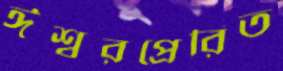
ঈশ্বরপ্রেরিত